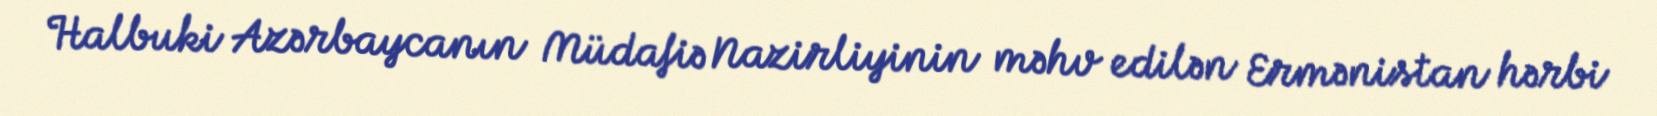
Halbuki Azərbaycanın Müdafiə Nazirliyinin məhv edilən Ermənistan hərbi